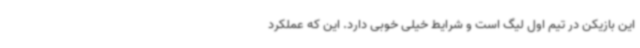
این بازیکن در تیم اول لیگ است و شرایط خیلی خوبی دارد. این که عملکرد